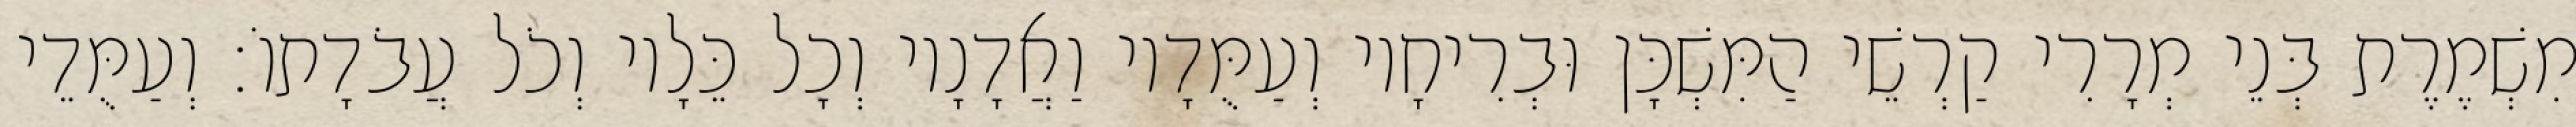
מִשְׁמֶרֶת בְּנֵי מְרָרִי קַרְשֵׁי הַמִּשְׁכָּן וּבְרִיחָיו וְעַמֻּדָיו וַאֲדָנָיו וְכָל כֵּלָיו וְכֹל עֲבֹדָתוֹ׃ וְעַמֻּדֵי